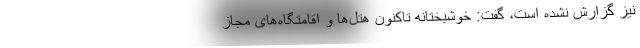
نیز گزارش نشده است، گفت: خوشبختانه تاکنون هتل‌ها و اقامتگاه‌های مجاز